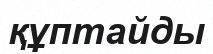
құптайды